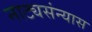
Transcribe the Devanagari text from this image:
नाट्यसंन्यास